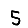
Digit: 5